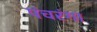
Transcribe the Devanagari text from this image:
पंचरंगा